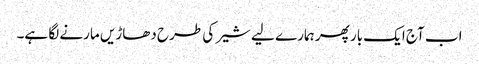
اب آج ایک بار پھر ہمارے لیے شیر کی طرح دھاڑیں مارنے لگا ہے۔